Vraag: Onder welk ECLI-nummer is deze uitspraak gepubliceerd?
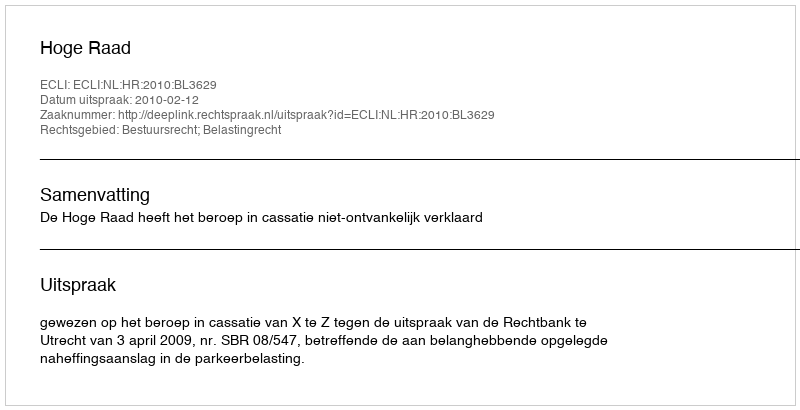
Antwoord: ECLI:NL:HR:2010:BL3629